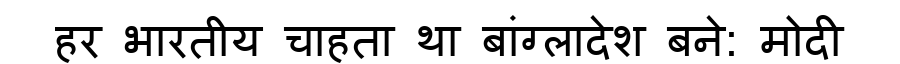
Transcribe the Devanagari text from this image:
हर भारतीय चाहता था बांग्लादेश बने: मोदी